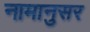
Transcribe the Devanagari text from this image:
नामानुसर